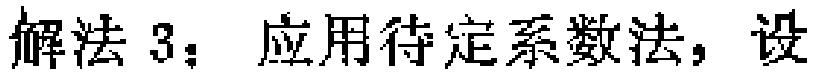
解法 3：应用待定系数法，设